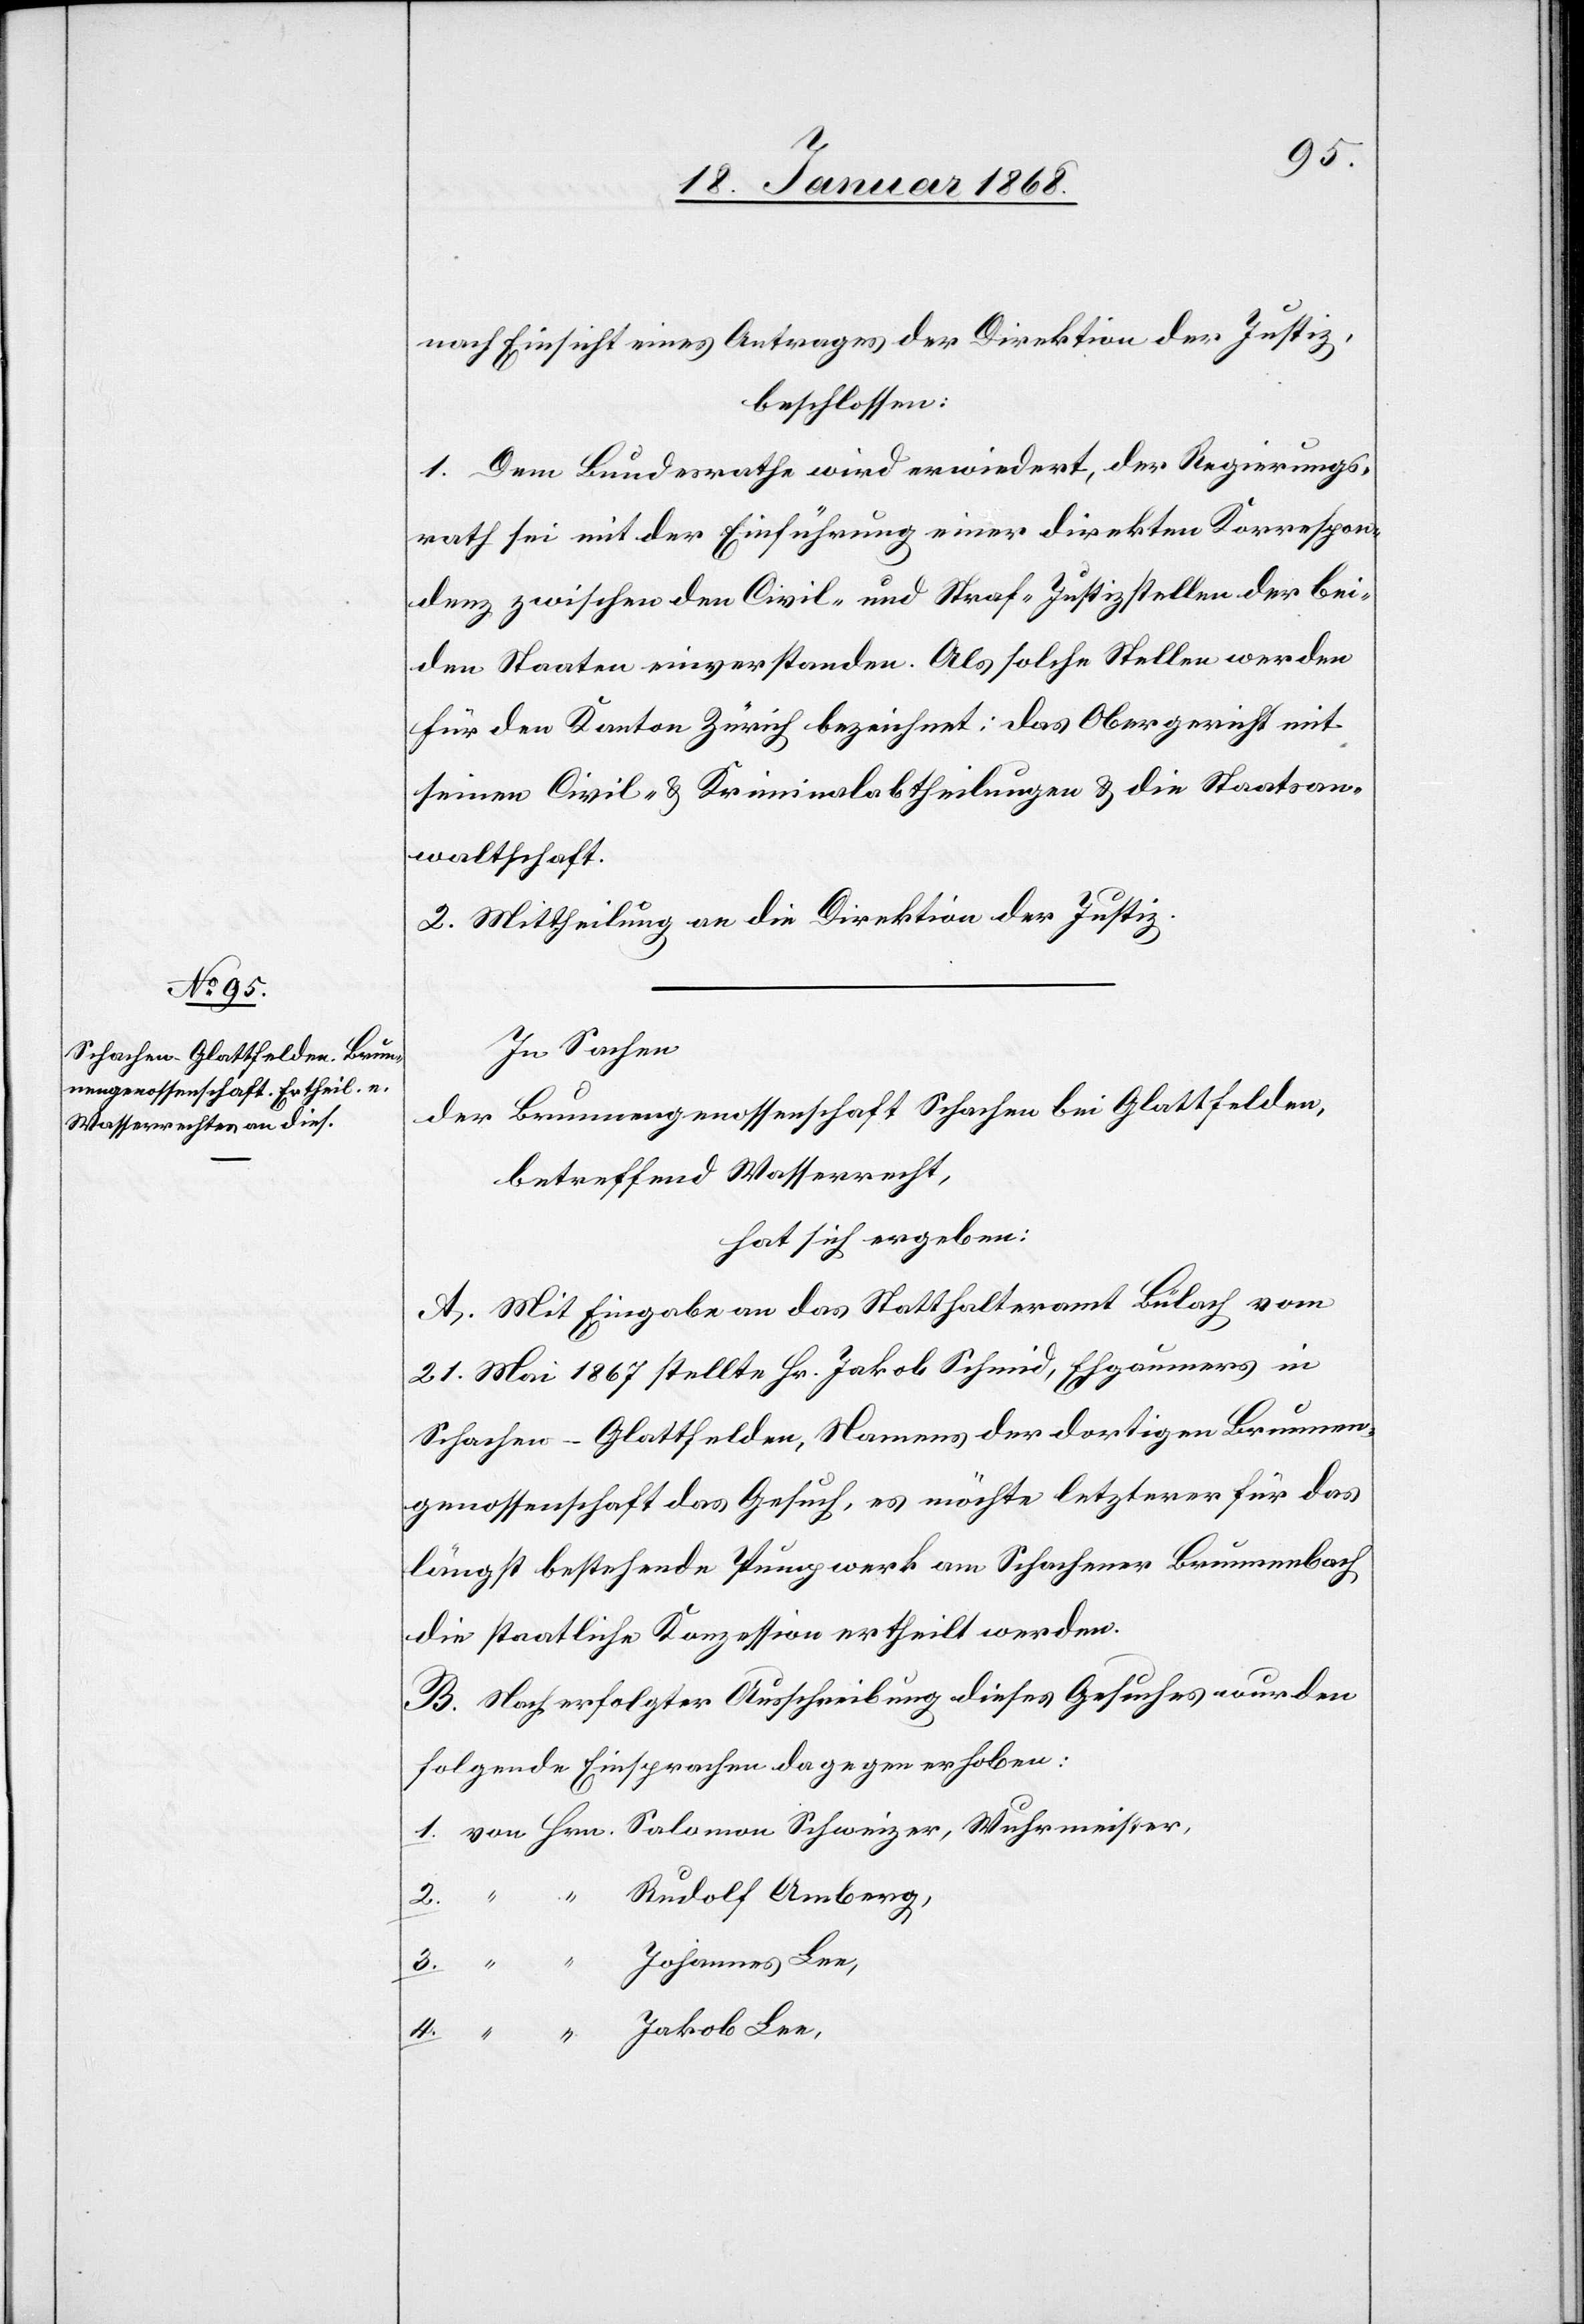
4.
nach Einsicht eines Antrages der Direktion der Justiz,
beschlossen:
1. Dem Bundesrathe wird erwiedert, der Regierungs¬
rath sei mit der Einführung einer direkten Korrespon¬
denz zwischen den Civil- und Straf-Justizstellen der bei¬
den Staaten einverstanden. Als solche Stellen werden
für den Kanton Zürich bezeichnet: das Obergericht mit
seinen Civil- & Kriminalabtheilungen & die Staatsan¬
waltschaft.
2. Mittheilung an die Direktion der Justiz.
In Sachen
der Brunnengenossenschaft Schachen bei Glattfelden,
betreffend Wasserrecht,
hat sich ergeben:
A. Mit Eingabe an das Statthalteramt Bülach vom
21. Mai 1867 stellte Hr. Jakob Schmid, Ehgaumers in
Schachen-Glattfelden, Namens der dortigen Brunnen¬
genossenschaft das Gesuch, es möchte letzterer für das
längst bestehende Pumpwerk am Schachener Brunnenbach
die staatliche Konzession ertheilt werden.
B. Nach erfolgter Ausschreibung dieses Gesuches wurden
folgende Einsprachen dagegen erhoben:
von Hrn. Salomon Schweizer, Wuhrmeister,
“ “ Rudolf Amberg,
“ “ Jakob Lee,